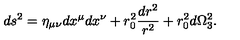
d s ^ { 2 } = \eta _ { \mu \nu } d x ^ { \mu } d x ^ { \nu } + r _ { 0 } ^ { 2 } \frac { d r ^ { 2 } } { r ^ { 2 } } + r _ { 0 } ^ { 2 } d \Omega _ { 3 } ^ { 2 } .